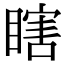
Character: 瞎